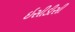
ઇસીડીસી